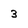
Character: 3